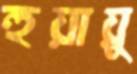
হুয়ায়ু